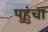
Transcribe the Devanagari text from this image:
पहुुंचा